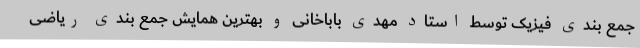
جمع بندی فیزیک توسط استاد مهدی باباخانی و بهترین همایش جمع بندی ریاضی